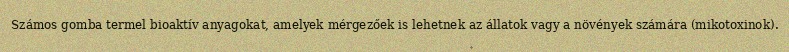
Számos gomba termel bioaktív anyagokat, amelyek mérgezőek is lehetnek az állatok vagy a növények számára (mikotoxinok).